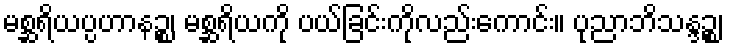
မစ္ဆရိယပ္ပဟာနဉ္စ၊ မစ္ဆရိယကို ပယ်ခြင်းကိုလည်းကောင်း။ ပုညာဘိသန္ဒဉ္စ၊